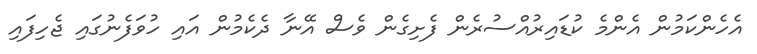
އެހެންކަމުން އެންމެ ކުޑައިރުއްސުރެން ފެށިގެން ވެސް އޭނާ ދެކެމުން އައި ހުވަފެނުގައި ޖެހިފައި